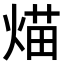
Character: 𤋙